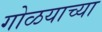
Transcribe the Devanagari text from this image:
गोळयाच्या